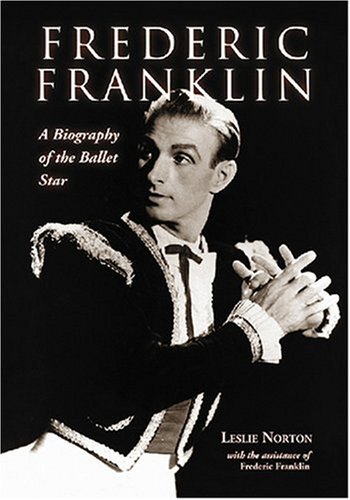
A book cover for Frederic Franklin: A Biography of the Ballet Star; Leslie Norton <I>with</I> Frederic Franklin; Biographies & Memoirs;